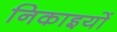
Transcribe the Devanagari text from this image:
निकाइयों